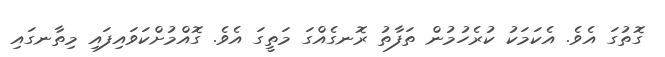
ގޮތުގަ އެވެ. އެކަމަކު ކުރެހުމުން ތަފާތު ރޮނގެއްގަ މަތީގަ އެވެ. ގޮއްމުށްކަވައިފައި މިތާނގައި